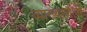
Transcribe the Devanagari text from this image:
व्याख्याशैली